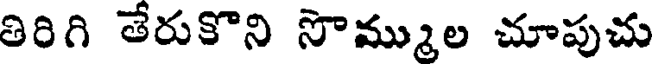
తిరిగి తేరుకొని సొమ్ముల చూపుచు